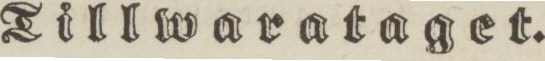
Tillwarataget.